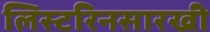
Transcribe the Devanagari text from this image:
लिस्टरिनसारखी